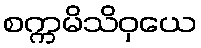
စက္ကမိသိဝှယေ